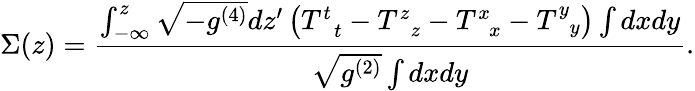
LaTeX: \Sigma(z)=\frac{\int_{-\infty}^{z}\sqrt{-g^{(4)}}dz^{\prime}\left(T_{\; \; t}^{t}-T_{\; \; z}^{z}-T_{\; \; x}^{x}-T_{\; \; y}^{y}\right)\int dxdy}{\sqrt{g^{(2)}}\int dxdy}.